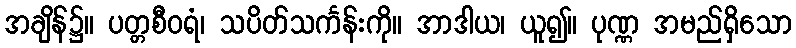
အချိန်၌။ ပတ္တစီဝရံ၊ သပိတ်သင်္ကန်းကို။ အာဒါယ၊ ယူ၍။ ပုဏ္ဏ အမည်ရှိသော